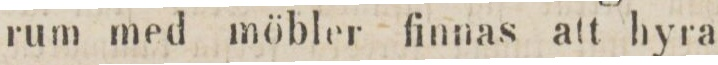
rum med möbler finnas att hyra